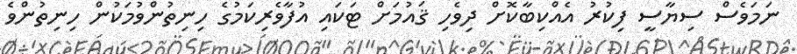
ނަމަވެސް ސިޔާސީ ފިކުރު އެއްކިބާކޮށް ދިވެހި ޤައުމަށް ޓަކައި އުފާވެރިކަމުގެ ހިނިތުންވުމަކުން ހިނިތުންވެ